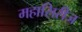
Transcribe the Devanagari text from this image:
महासिरीज